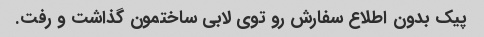
پیک بدون اطلاع سفارش رو توی لابی ساختمون گذاشت و رفت.